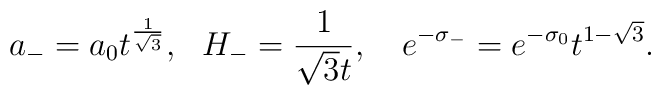
a_- = a_0 t^{\frac{1}{\sqrt{3}}}, ~~ H_- = \frac{1}{\sqrt{3}t}, ~~~e^{-\sigma_-} = e^{-\sigma_0} t^{1-\sqrt{3}}.